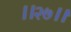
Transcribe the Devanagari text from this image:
।।२७।।